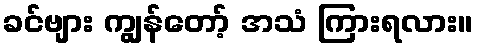
ခင်ဗျား ကျွန်တော့် အသံ ကြားရလား။